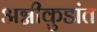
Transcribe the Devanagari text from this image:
अग्नीकुडांत